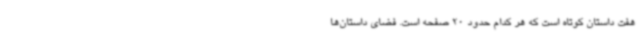
هفت داستان کوتاه است که هر کدام حدود 20 صفحه است. فضای داستان‌ها